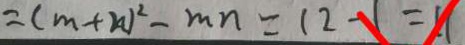
= ( m + n ) ^ { 2 } - m n = ( 2 - 1 ) = 1 1